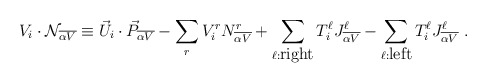
\begin{align*} V_i \cdot {\cal N}_{\overline {\alpha V}} \equiv {\vec U}_i \cdot {\vec P}_{\overline {\alpha V}} - \sum_{r} V^r_i N^r_{\overline {\alpha V}} + \sum_{\ell:{\mbox{right}}} T^\ell_i J^\ell_{\overline {\alpha V}} - \sum_{\ell:{\mbox{left}}} T^\ell_i J^\ell_{\overline {\alpha V}} ~.\end{align*}